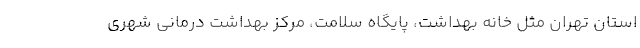
استان تهران مثل خانه بهداشت، پایگاه سلامت، مرکز بهداشت درمانی شهری